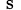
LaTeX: _{\mathrm{~s~}}